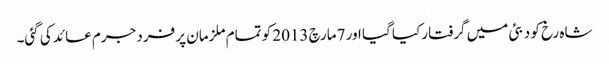
شاہ رخ کو دبئی میں گرفتار کیا گیا اور 7مارچ 2013 کو تمام ملزمان پر فرد جرم عائد کی گئی۔